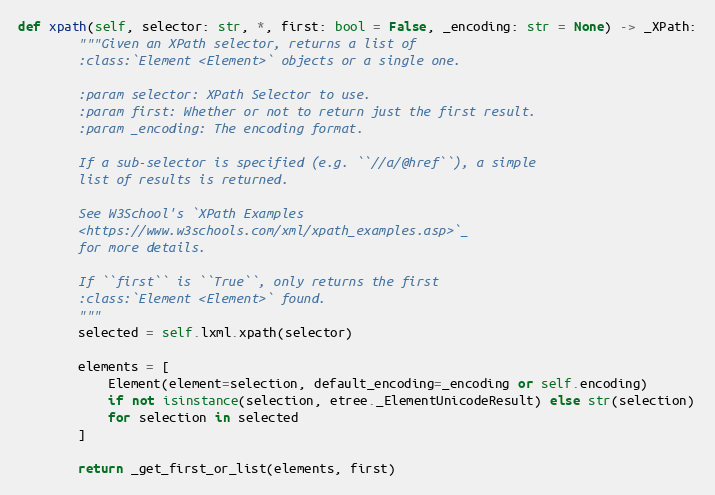
Language: Python
def xpath(self, selector: str, *, first: bool = False, _encoding: str = None) -> _XPath:
        """Given an XPath selector, returns a list of
        :class:`Element <Element>` objects or a single one.

        :param selector: XPath Selector to use.
        :param first: Whether or not to return just the first result.
        :param _encoding: The encoding format.

        If a sub-selector is specified (e.g. ``//a/@href``), a simple
        list of results is returned.

        See W3School's `XPath Examples
        <https://www.w3schools.com/xml/xpath_examples.asp>`_
        for more details.

        If ``first`` is ``True``, only returns the first
        :class:`Element <Element>` found.
        """
        selected = self.lxml.xpath(selector)

        elements = [
            Element(element=selection, default_encoding=_encoding or self.encoding)
            if not isinstance(selection, etree._ElementUnicodeResult) else str(selection)
            for selection in selected
        ]

        return _get_first_or_list(elements, first)